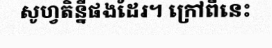
សូហ្វតិន្នីផងដែរ។ ក្រៅពីនេះ